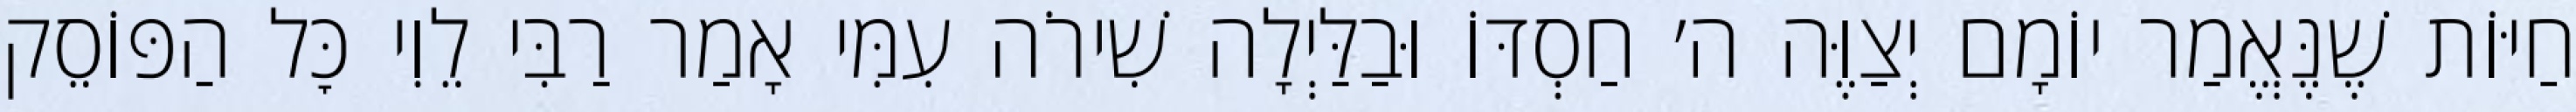
חַיּוֹת שֶׁנֶּאֱמַר יוֹמָם יְצַוֶּה ה׳ חַסְדּוֹ וּבַלַּיְלָה שִׁירֹה עִמִּי אָמַר רַבִּי לֵוִי כׇּל הַפּוֹסֵק